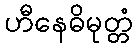
ဟီနေဓိမုတ္တံ